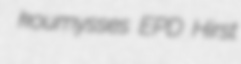
koumysses EPD Hirst